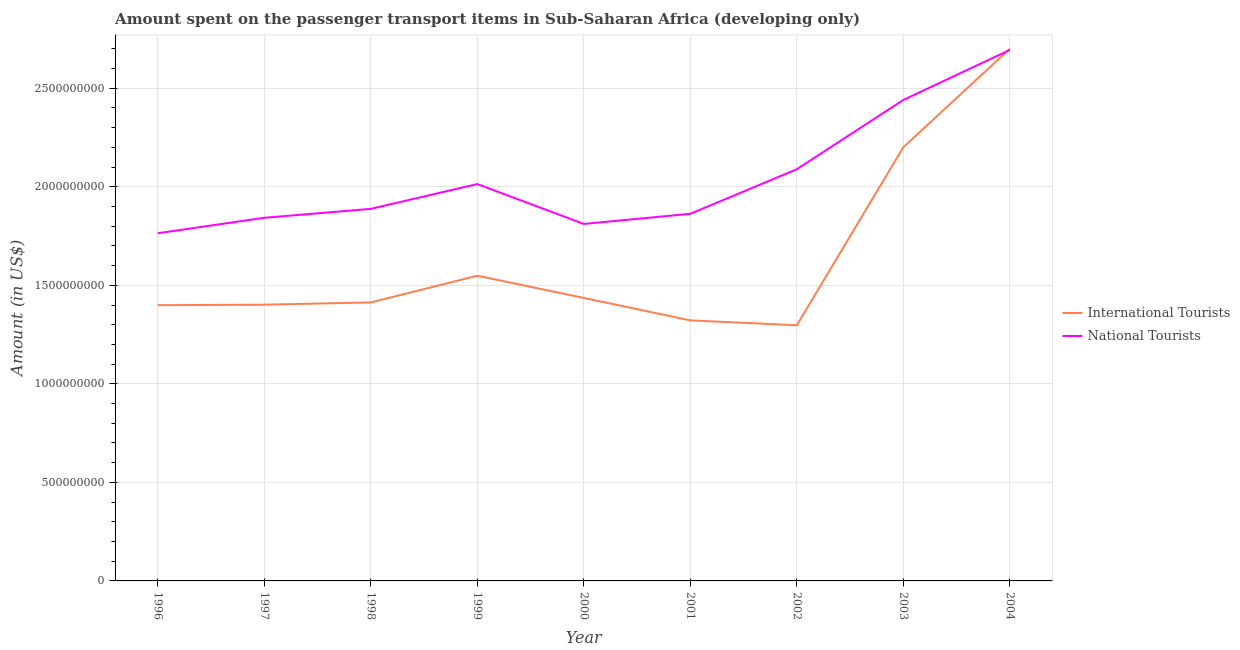
| Year | International Tourists | National Tourists |
 | --- | --- | --- |
 | 1996 | 1.4e+09 | 1.76e+09 |
 | 1997 | 1.4e+09 | 1.84e+09 |
 | 1998 | 1.41e+09 | 1.89e+09 |
 | 1999 | 1.55e+09 | 2.01e+09 |
 | 2000 | 1.44e+09 | 1.81e+09 |
 | 2001 | 1.32e+09 | 1.86e+09 |
 | 2002 | 1.3e+09 | 2.09e+09 |
 | 2003 | 2.2e+09 | 2.44e+09 |
 | 2004 | 2.7e+09 | 2.69e+09 |